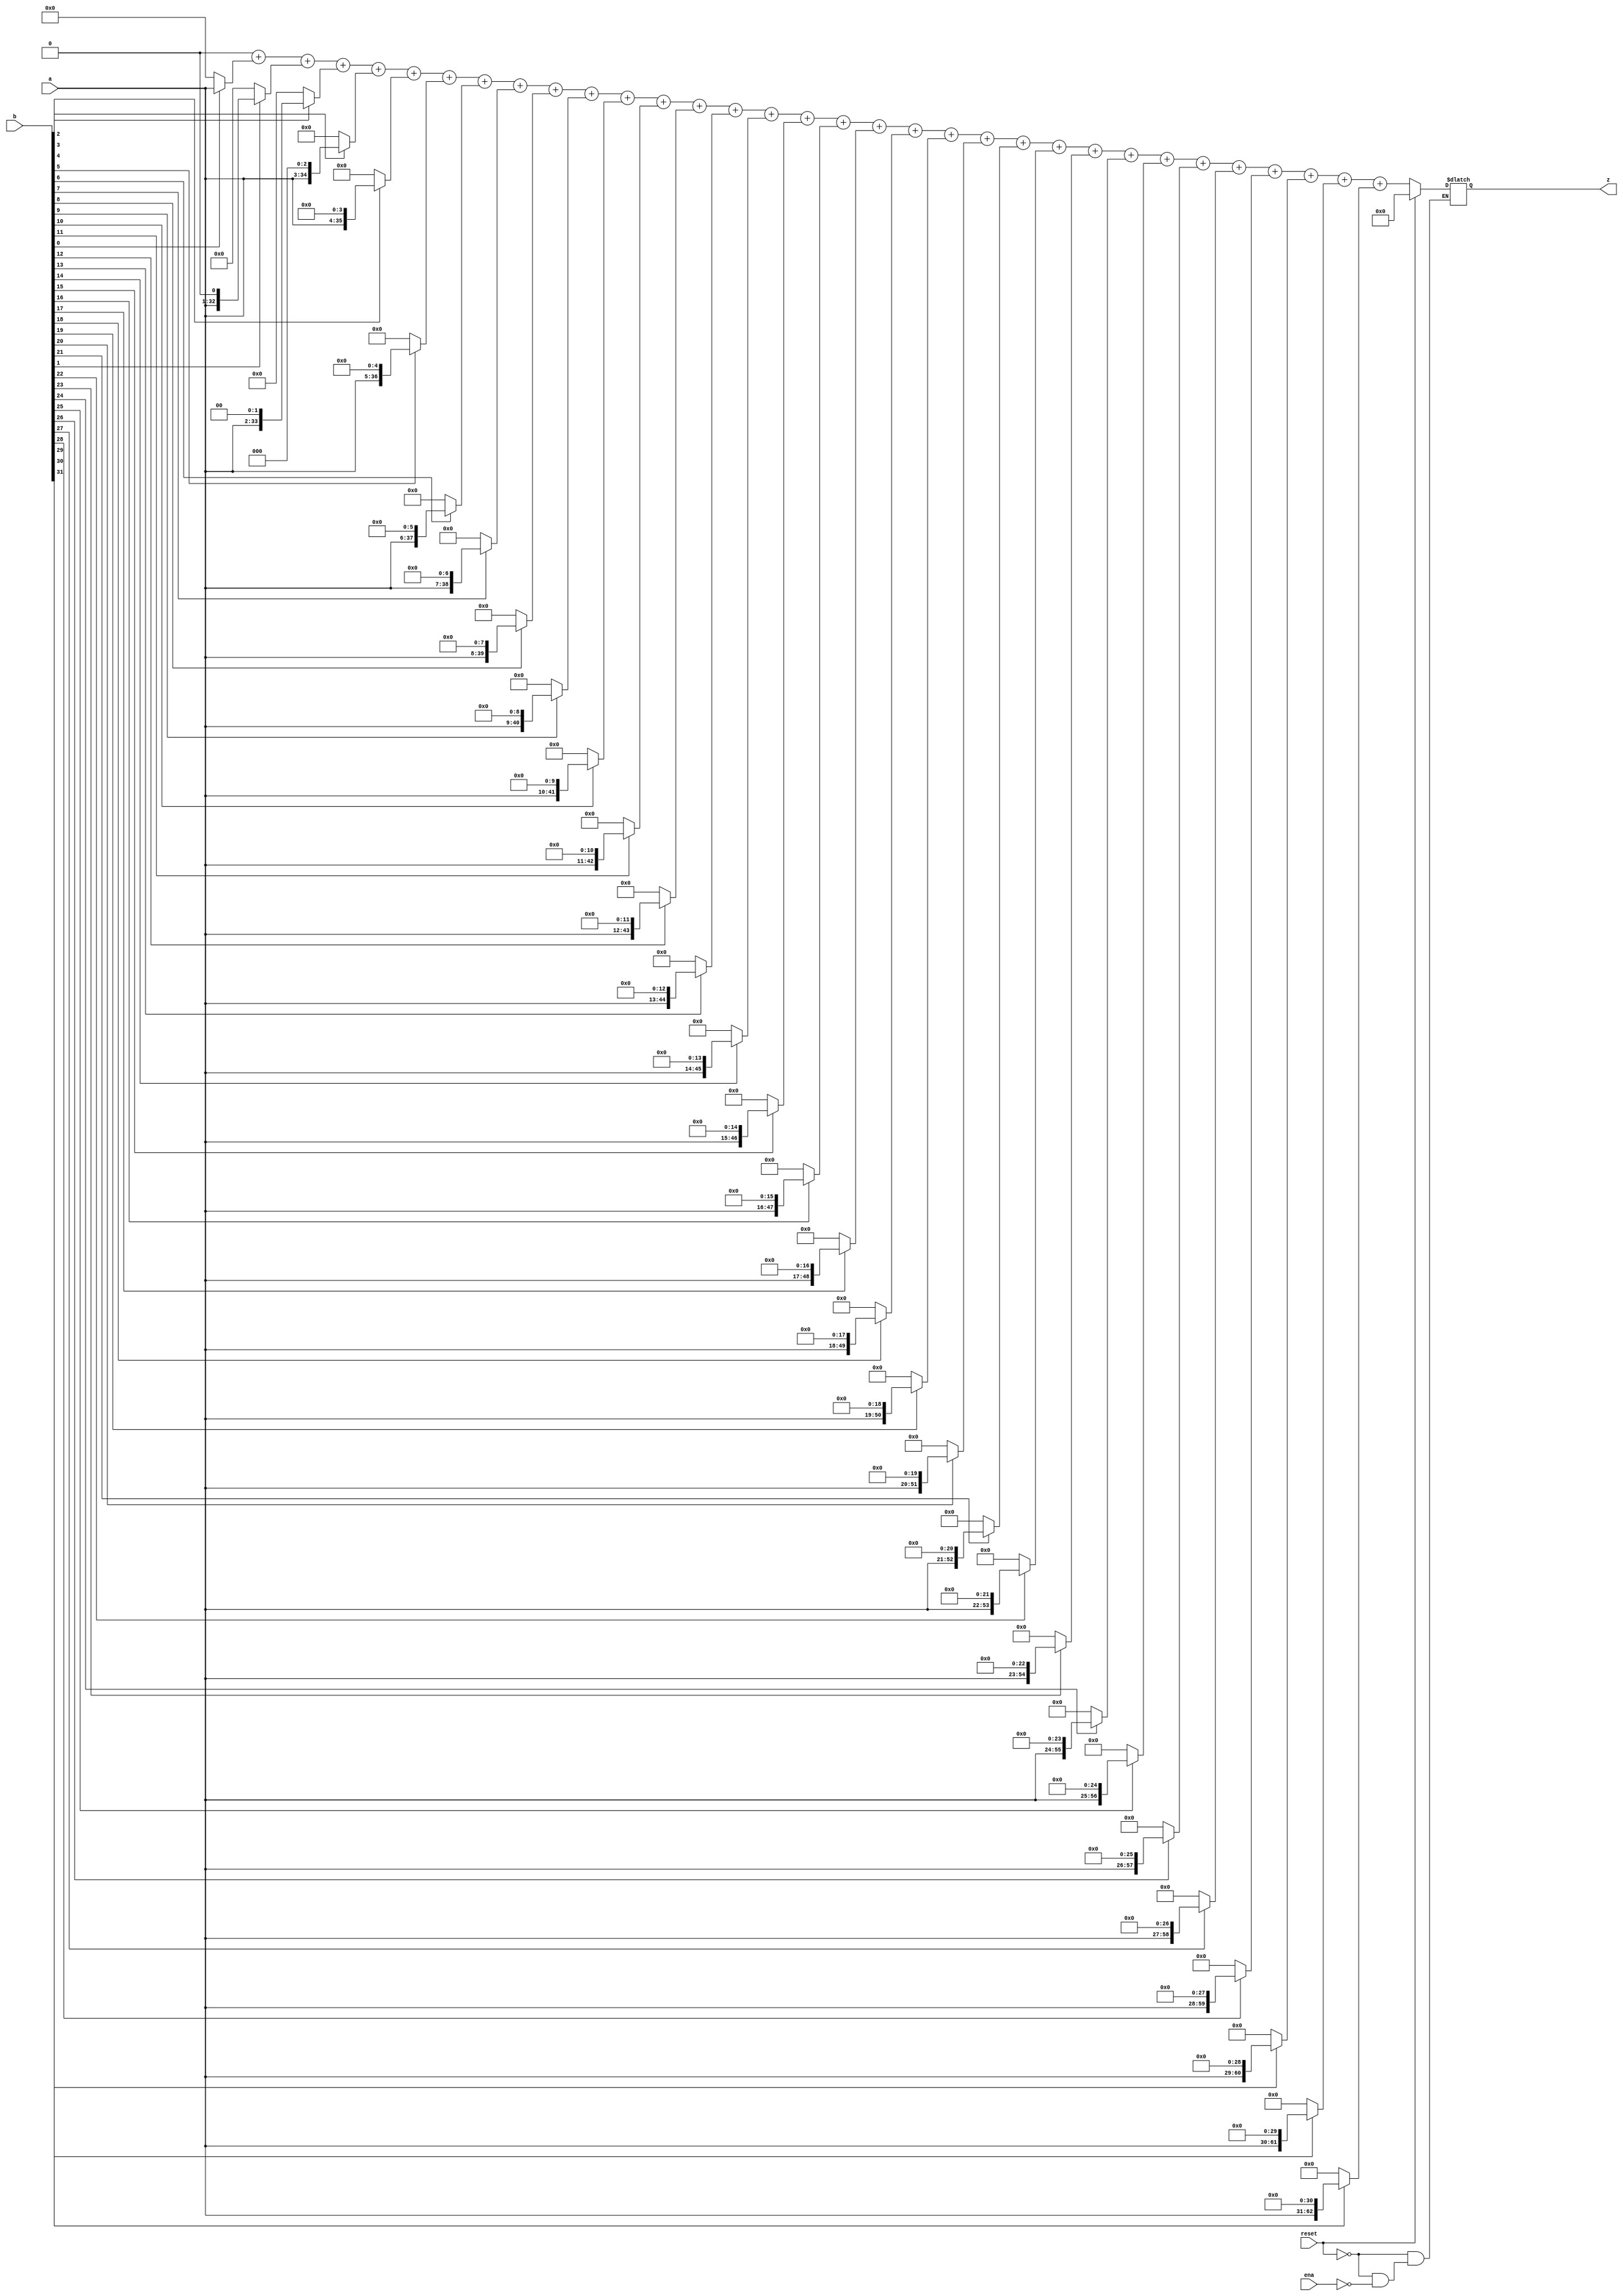
//////////////////////////////////////////////////////////////////////////////////
// 
// Project Name: Multi-cycle CPU with 54 Instructions Based on MIPS Architecture
//////////////////////////////////////////////////////////////////////////////////

`timescale 1ns / 1ps

module multu(
    input ena,       
    input reset,      
    input [31:0] a,
    input [31:0] b,
    output [63:0] z
    );

    parameter bit_num = 32;

    reg [63:0] stored;
    reg [63:0] temp;
    integer i;

    initial begin
        stored <= 0;
    end

    always @(*) begin
        if(reset) begin
            stored <= 0;
        end

        else if(ena) begin
            stored = 0;
            for (i = 0; i < bit_num; i = i + 1) begin
                temp = b[i] ? ({32'b0, a} << i) : 64'b0;
                stored = stored + temp;       
            end
        end
    end

    assign z = stored;
endmodule